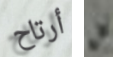
أرتاح بن